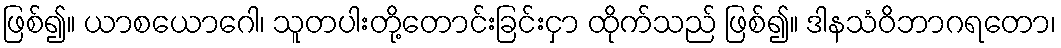
ဖြစ်၍။ ယာစယောဂေါ၊ သူတပါးတို့တောင်းခြင်းငှာ ထိုက်သည် ဖြစ်၍။ ဒါနသံဝိဘာဂရတော၊